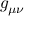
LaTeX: { g } _ { \mu \nu }